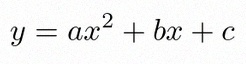
y=ax^2+bx+c